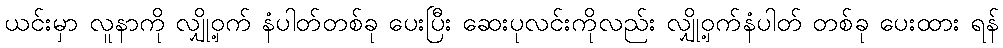
ယင်းမှာ လူနာကို လျှို့ဝှက် နံပါတ်တစ်ခု ပေးပြီး ဆေးပုလင်းကိုလည်း လျှို့ဝှက်နံပါတ် တစ်ခု ပေးထား ရန်